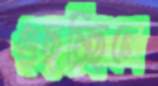
গুছচ্ছিলে